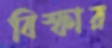
বিস্ফার